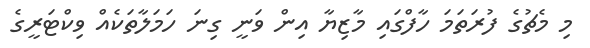
މި މެޗުގެ ފުރަތަމަ ހާފްގައި މާޒިޔާ އިން ވަނީ ގިނަ ހަމަލާތަކެއް ވިކްޓަރީގެ